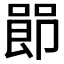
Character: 𪡰